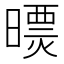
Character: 𣊠